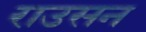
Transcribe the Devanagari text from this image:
राउसन